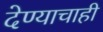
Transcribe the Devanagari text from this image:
देण्याचाही